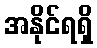
အနိုင်ရရှိ